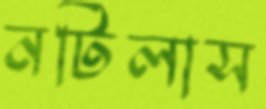
নটিলাস